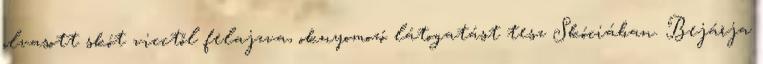
olvasott skót vicctől felajzva, oknyomozó látogatást tesz Skóciában. Bejárja